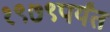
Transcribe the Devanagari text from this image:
१९७९पर्यंत